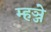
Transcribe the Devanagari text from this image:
म्हञ्जे